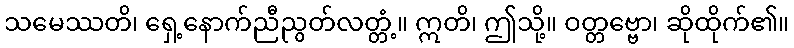
သမေဿတိ၊ ရှေ့နောက်ညီညွတ်လတ္တံ့။ ဣတိ၊ ဤသို့။ ဝတ္တဗ္ဗော၊ ဆိုထိုက်၏။